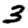
Digit: 3